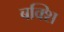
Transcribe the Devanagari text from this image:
बक्शि